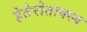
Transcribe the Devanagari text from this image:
हेतेरोताक्स्य